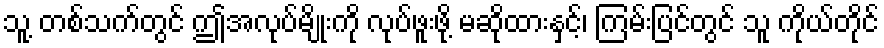
သူ့ တစ်သက်တွင် ဤအလုပ်မျိုးကို လုပ်ဖူးဖို့ မဆိုထားနှင့်၊ ကြမ်းပြင်တွင် သူ ကိုယ်တိုင်